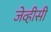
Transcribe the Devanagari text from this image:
जेव्हीसी